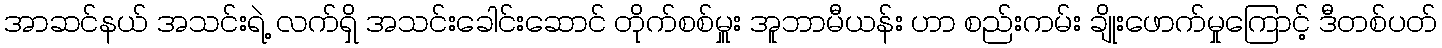
အာဆင်နယ် အသင်းရဲ့ လက်ရှိ အသင်းခေါင်းဆောင် တိုက်စစ်မှူး အူဘာမီယန်း ဟာ စည်းကမ်း ချိုးဖောက်မှုကြောင့် ဒီတစ်ပတ်